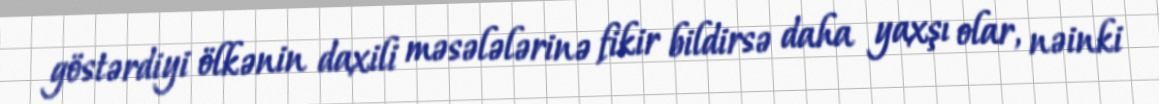
göstərdiyi ölkənin daxili məsələlərinə fikir bildirsə daha yaxşı olar, nəinki